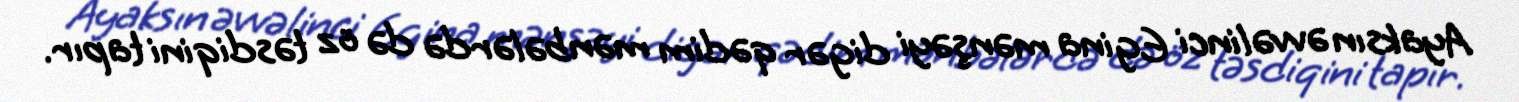
Ayaksın əvvəlinci Egina mənşəyi digər qədim mənbələrdə də öz təsdiqini tapır.